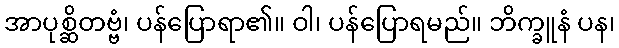
အာပုစ္ဆိတဗ္ဗံ၊ ပန်ပြောရာ၏။ ဝါ၊ ပန်ပြောရမည်။ ဘိက္ခူနံ ပန၊